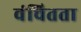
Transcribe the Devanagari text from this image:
वंचितता